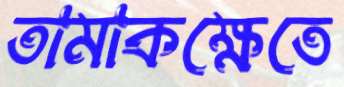
তামাকক্ষেতে